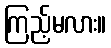
ကြည့်မလား။